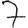
Digit: 7